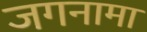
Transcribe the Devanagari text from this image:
जगनामा